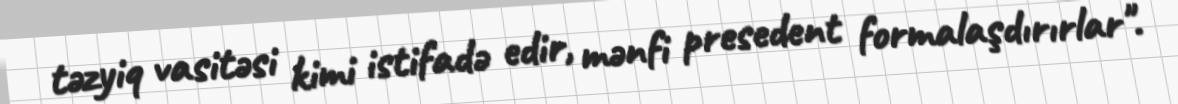
təzyiq vasitəsi kimi istifadə edir, mənfi presedent formalaşdırırlar".